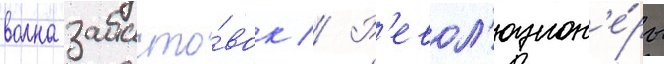
волна забасто́вок // Р'евол'юцион'е́ры